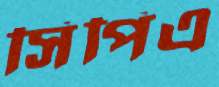
সিপিএ